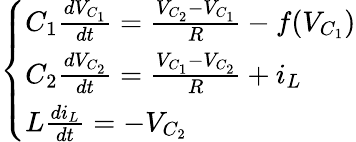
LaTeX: \left\{ \begin{array}{ll}{C_{1}\frac{dV_{C_{1}}}{dt}=\frac{V_{C_{2}}-V_{C_{1}}}{R}-f(V_{C_{1}})}\\ {C_{2}\frac{dV_{C_{2}}}{dt}=\frac{V_{C_{1}}-V_{C_{2}}}{R}+i_{L}}\\ {L\frac{di_{L}}{dt}=-V_{C_{2}}}\end{array}\right.